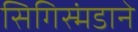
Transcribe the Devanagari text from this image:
सिगिस्मंडाने